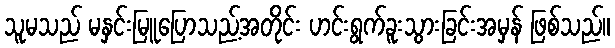
သူမသည် မနှင်းမြူပြောသည့်အတိုင်း ဟင်းရွက်ခူးသွားခြင်းအမှန် ဖြစ်သည်။